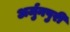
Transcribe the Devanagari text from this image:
अर्जुनपुरी